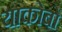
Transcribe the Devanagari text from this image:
याकोबो